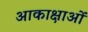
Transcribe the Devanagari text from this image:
आकाक्षाओं